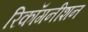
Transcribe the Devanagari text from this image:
रिकॉगनीशन